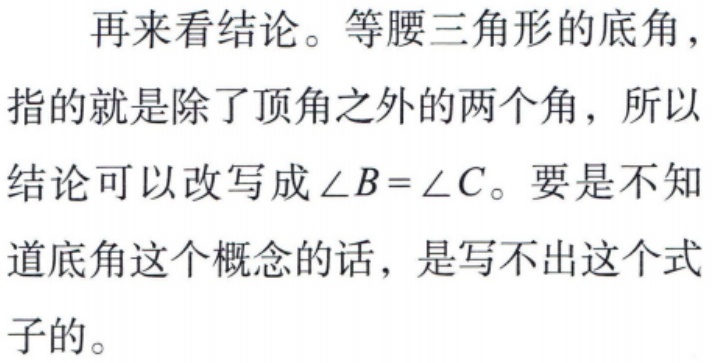
再来看结论。等腰三角形的底角，指的就是除了顶角之外的两个角，所以结论可以改写成$\angle B = \angle C$。要是不知道底角这个概念的话，是写不出这个式子的。